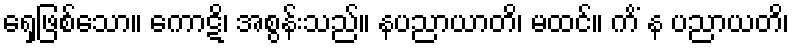
ရှေ့ဖြစ်သော။ ကောဋိ၊ အစွန်းသည်။ နပညာယာတိ၊ မထင်။ ကိံ န ပညာယတိ၊